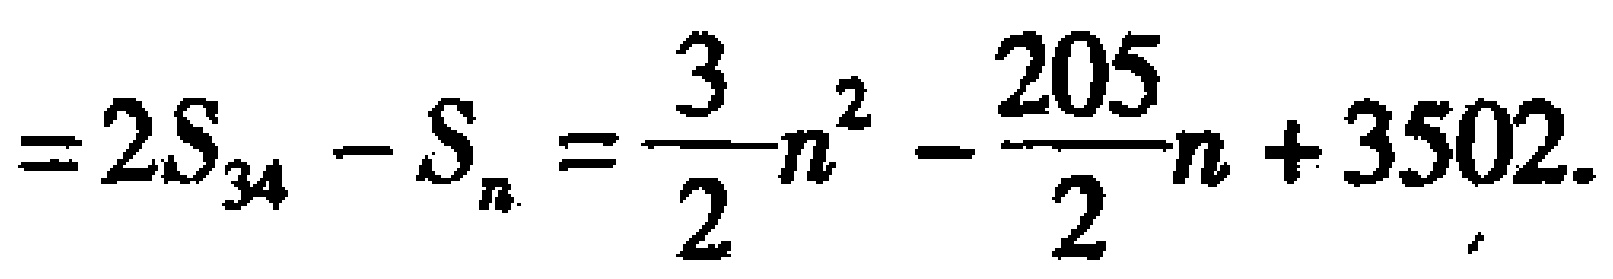
$=2S_{34}-S_{n}=\frac {3}{2}n^{2}-\frac {205}{2}n + 3502.$